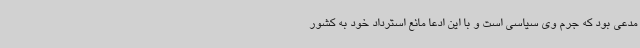
مدعی بود که جرم وی سیاسی است و با این ادعا مانع استرداد خود به کشور